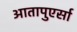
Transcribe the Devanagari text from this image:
आतापुएर्सा